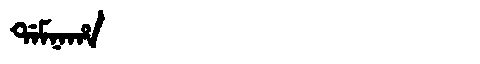
Manchu: ᡩᠠᠮᠨᠠᡥᠠ
Romanization: DAMNAHA